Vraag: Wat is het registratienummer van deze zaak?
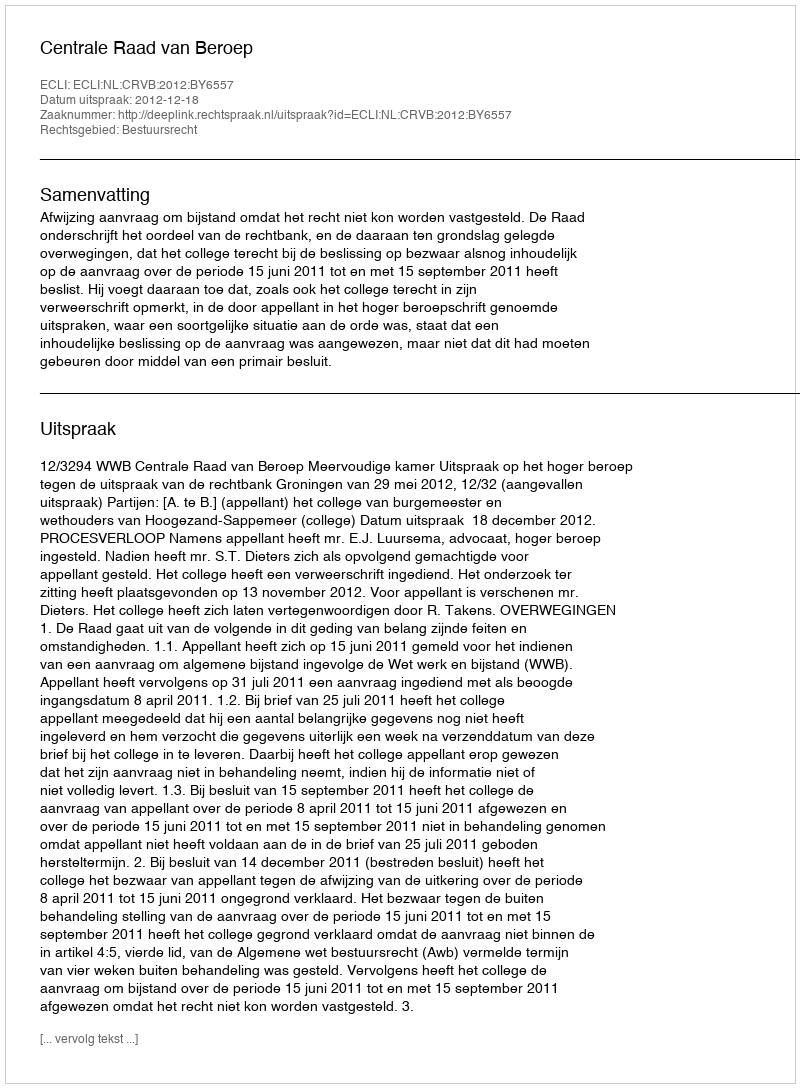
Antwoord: http://deeplink.rechtspraak.nl/uitspraak?id=ECLI:NL:CRVB:2012:BY6557